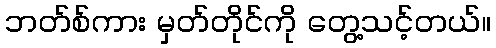
ဘတ်စ်ကား မှတ်တိုင်ကို တွေ့သင့်တယ်။